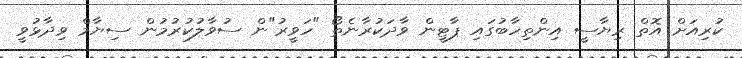
ކުރިއަށް އޮތް ރިޔާސީ އިންތިހާބުގައި ޕާޓީން ވާދަކުރާނެތޯ "ހަވީރު"ން ސުވާލުކުރުމުން ސިޔާމް ވިދާޅުވީ